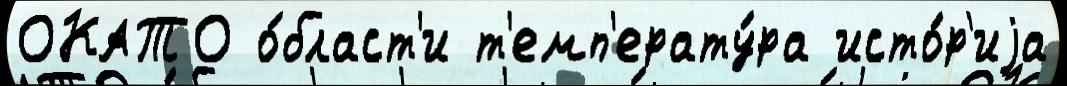
ОКАТО о́бласт'и т'емп'ерату́ра исто́р'иjа